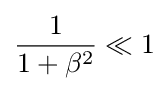
{\frac {1}{1+\beta ^{2}}}\ll 1